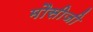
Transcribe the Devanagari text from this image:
मौसीजी